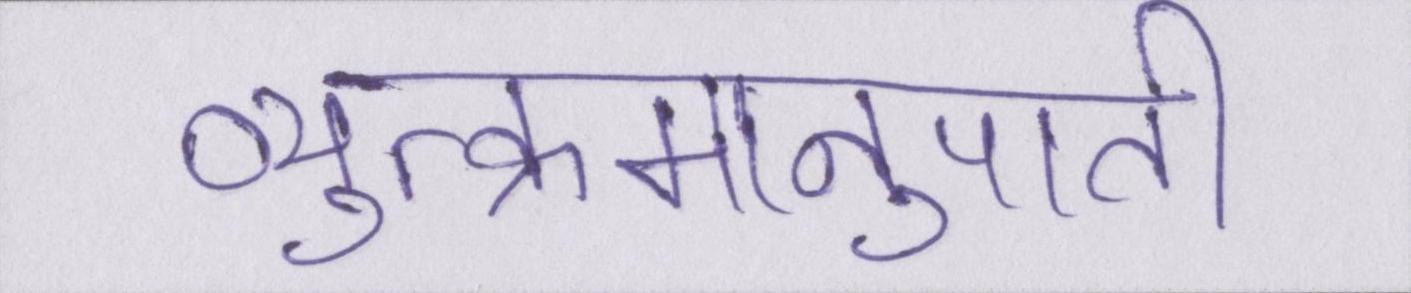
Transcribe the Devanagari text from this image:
व्युत्क्रमानुपाती